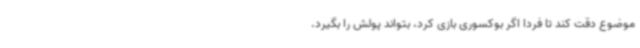
موضوع دقت کند تا فردا اگر بوکسوری بازی کرد، بتواند پولش را بگیرد.